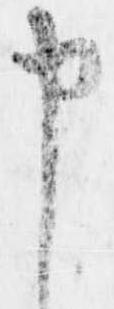
申